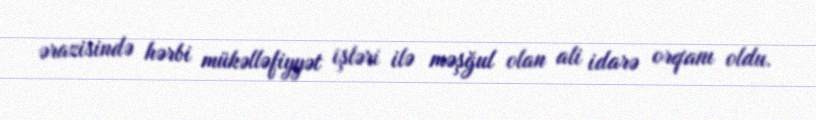
ərazisində hərbi mükəlləfiyyət işləri ilə məşğul olan ali idarə orqanı oldu.